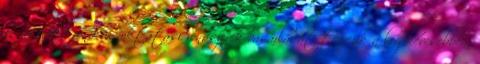
és az elektronikus oktatási rendszerek vásárlását tervezik a legkevesebben,